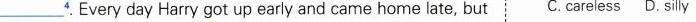
___^{4}. Every day Harry got up early and came home late, but C. careless D. silly